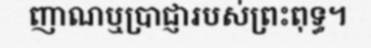
ញាណឬប្រាជ្ញារបស់ព្រះពុទ្ធ។